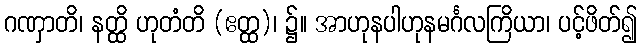
ဂဏှာတိ၊ နတ္ထိ ဟုတံတိ (ဧတ္ထ)၊ ၌။ အာဟုနပါဟုနမင်္ဂလကြိယာ၊ ပင့်ဖိတ်၍